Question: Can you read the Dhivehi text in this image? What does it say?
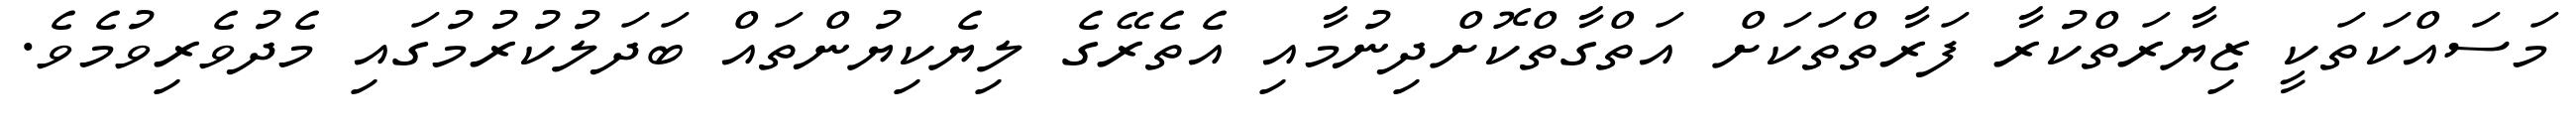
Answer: މަސައްކަތަކީ ޒިޔާރަތްކުރާ ފަރާތްތަކަށް އަތްގާތްކޮށްދިނުމާއި އެތެރޭގެ ލިޔެކިޔުންތައް ބަދަލުކުރުމުގައި މެދުވެރިވުމެވެ.